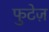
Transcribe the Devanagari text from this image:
फुटेज़